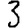
Digit: 3